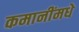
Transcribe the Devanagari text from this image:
कमानींमधे